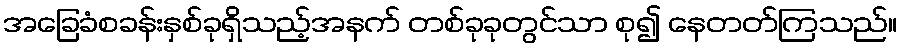
အခြေခံစခန်းနှစ်ခုရှိသည့်အနက် တစ်ခုခုတွင်သာ စု၍ နေတတ်ကြသည်။